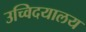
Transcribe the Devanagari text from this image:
उच्विदयालय